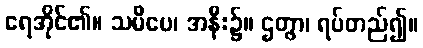
ရေအိုင်၏။ သမီပေ၊ အနီး၌။ ဌတွာ၊ ရပ်တည်၍။